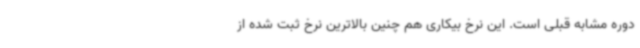
دوره مشابه قبلی است. این نرخ بیکاری هم چنین بالاترین نرخ ثبت شده از